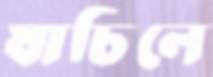
যাচিলে